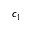
c _ { 1 }